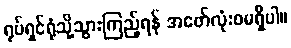
ရုပ်ရှင်ရုံသို့သွားကြည့်ရန် အဖော်လုံးဝမရှိပါ။